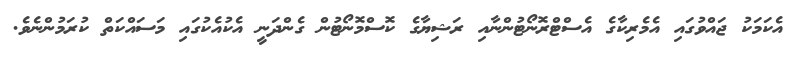
އެކަމަކު ޖައްވުގައި އެމެރިކާގެ އެސްޓްރޮނޯޓުންނާއި ރަޝިޔާގެ ކޮސްމޮނޯޓުން ގެންދަނީ އެކުއެކުގައި މަސައްކަތް ކުރަމުންނެވެ.